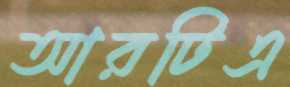
আরটিএ